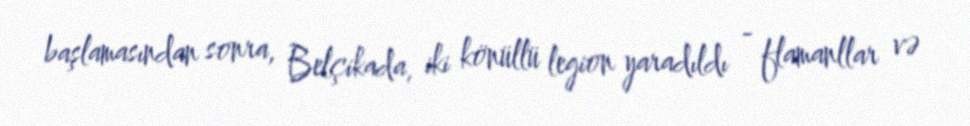
başlamasından sonra, Belçikada, iki könüllü legion yaradıldı - flamanllar və